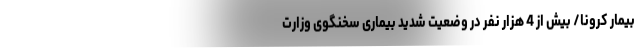
بیمار کرونا/ بیش از 4 هزار نفر در وضعیت شدید بیماری سخنگوی وزارت